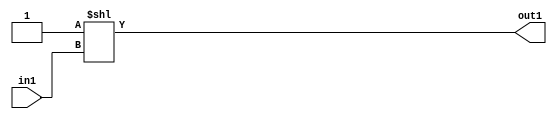
`timescale 1ps / 1ps
/*****************************************************************************
    Verilog RTL Description
    
    
    Created by: Stratus DpOpt 2019.1.01 
*******************************************************************************/

module pe_array_DECODE_2U_4_4 (
	in1,
	out1
	); /* architecture "behavioural" */ 
input  in1;
output [1:0] out1;
wire [1:0] asc001;

assign asc001 = 2'B01 << in1;

assign out1 = asc001;
endmodule

/* CADENCE  urb1Tw4= : u9/ySgnWtBlWxVPRXgAZ4Og= ** DO NOT EDIT THIS LINE ******/